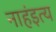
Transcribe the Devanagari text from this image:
नाहंइत्य